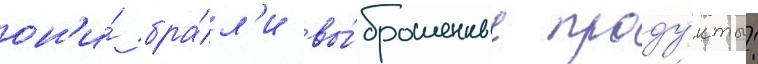
он'и́ бра́л'и вы́брошенные проду́кты: